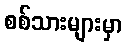
စစ်သားများမှာ